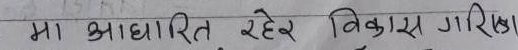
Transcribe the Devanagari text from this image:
मा आधारित रहेर विकास गरिका